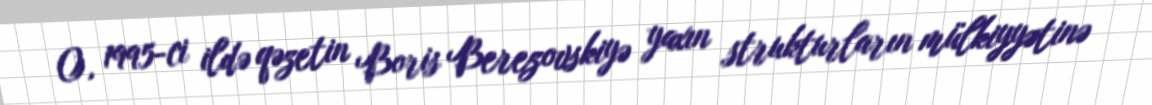
O, 1995-ci ildə qəzetin Boris Berezovskiyə yaxın strukturların mülkiyyətinə